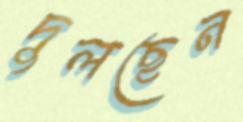
দুলছেন